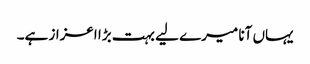
یہاں آنا میرے لیے بہت بڑا اعزاز ہے۔